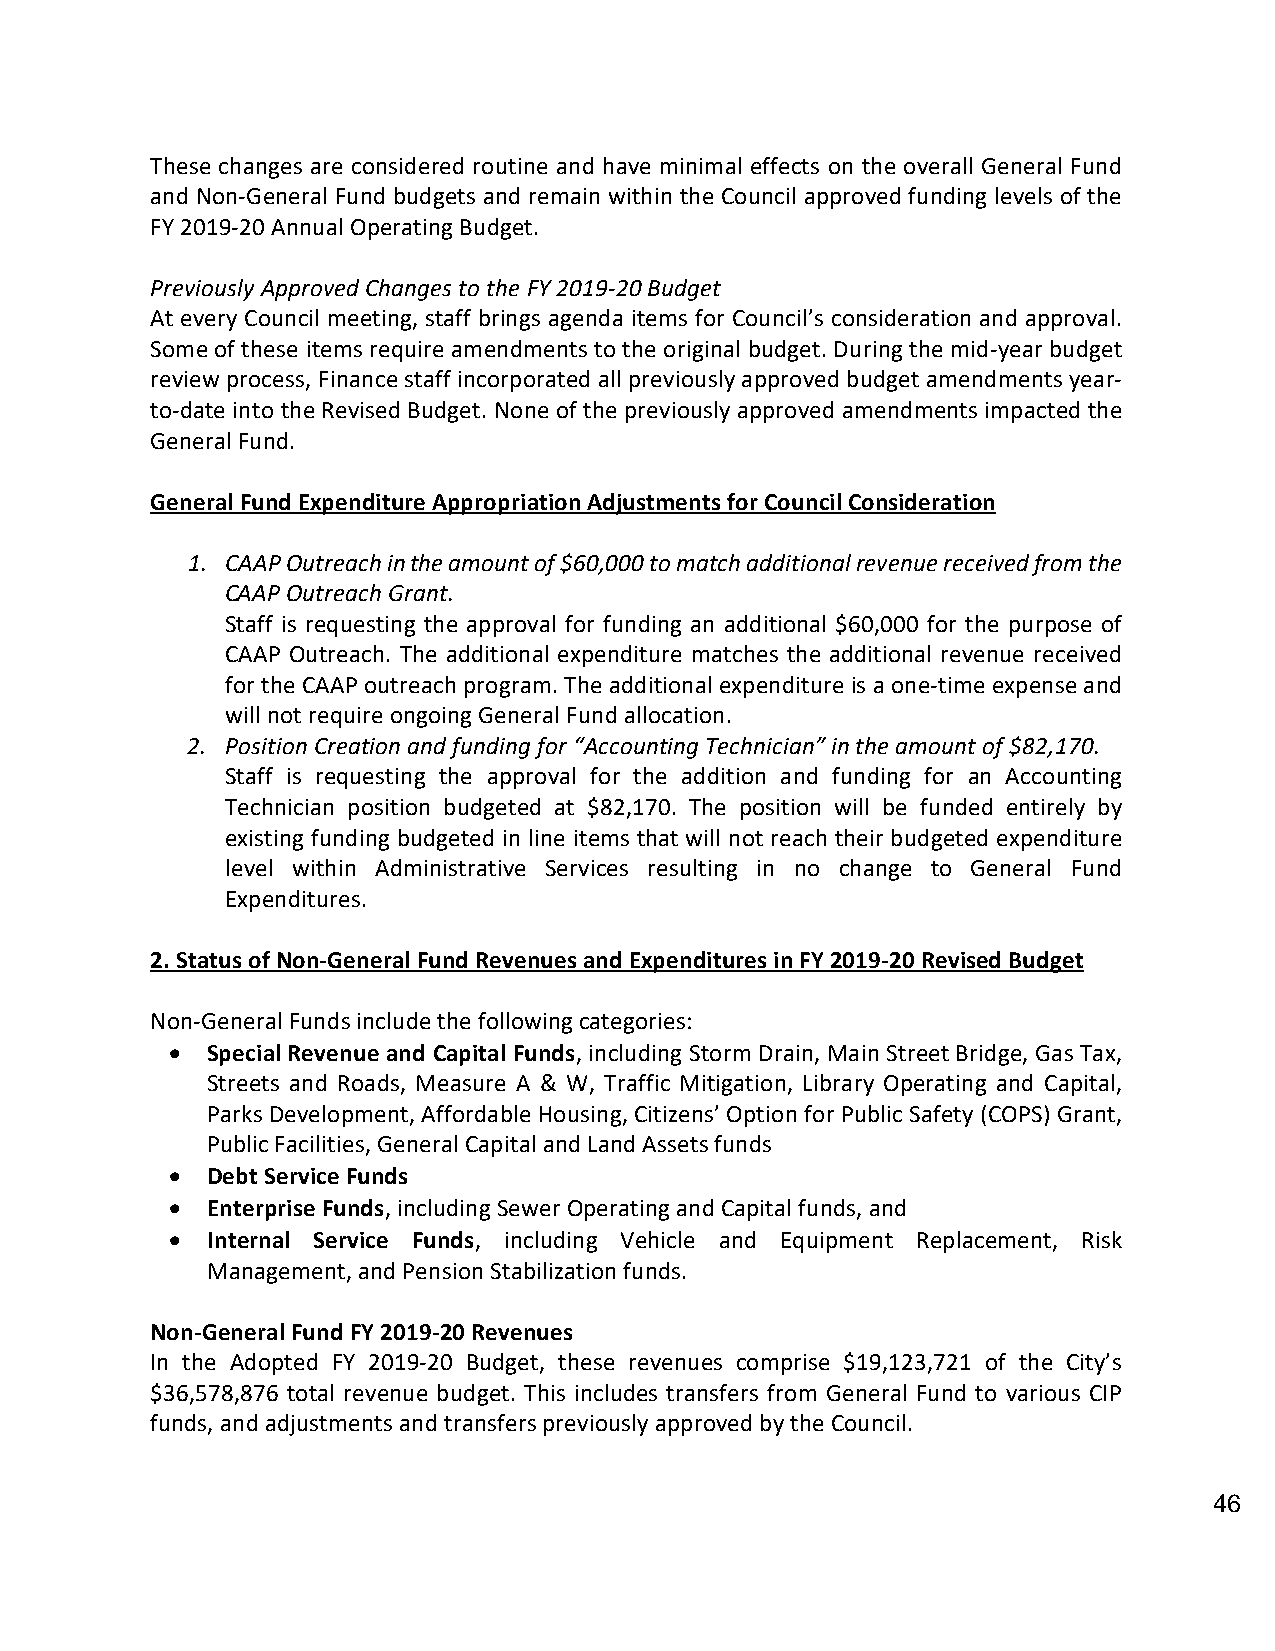
These changes are considered routine and have minimal effects on the overall General Fund
 and Non-General Fund budgets and remain within the Council approved funding levels of the
 FY 2019-20 Annual Operating Budget.
 Previously Approved Changes to the FY 2019-20 Budget
 At every Council meeting, staff brings agenda items for Council’s consideration and approval.
 Some of these items require amendments to the original budget. During the mid-year budget
 review process, Finance staff incorporated all previously approved budget amendments year-
 to-date into the Revised Budget. None of the previously approved amendments impacted the
 General Fund.
 General Fund Expenditure Appropriation Adjustments for Council Consideration
 1. CAAP Outreach in the amount of $60,000 to match additional revenue received from the
 CAAP Outreach Grant.
 Staff is requesting the approval for funding an additional $60,000 for the purpose of
 CAAP Outreach. The additional expenditure matches the additional revenue received
 for the CAAP outreach program. The additional expenditure is a one-time expense and
 will not require ongoing General Fund allocation.
 2. Position Creation and funding for “Accounting Technician” in the amount of $82,170.
 Staff is requesting the approval for the addition and funding for an Accounting
 Technician position budgeted at $82,170. The position will be funded entirely by
 existing funding budgeted in line items that will not reach their budgeted expenditure
 level within Administrative Services resulting in no change to General Fund
 Expenditures.
 2. Status of Non-General Fund Revenues and Expenditures in FY 2019-20 Revised Budget
 Non-General Funds include the following categories:
 •  Special Revenue and Capital Funds, including Storm Drain, Main Street Bridge, Gas Tax,
 Streets and Roads, Measure A & W, Traffic Mitigation, Library Operating and Capital,
 Parks Development, Affordable Housing, Citizens’ Option for Public Safety (COPS) Grant,
 Public Facilities, General Capital and Land Assets funds
 •  Debt Service Funds
 •  Enterprise Funds, including Sewer Operating and Capital funds, and
 •  Internal Service Funds, including Vehicle and Equipment Replacement, Risk
 Management, and Pension Stabilization funds.
 Non-General Fund FY 2019-20 Revenues
 In the Adopted FY 2019-20 Budget, these revenues comprise $19,123,721 of the City’s
 $36,578,876 total revenue budget. This includes transfers from General Fund to various CIP
 funds, and adjustments and transfers previously approved by the Council.
 46